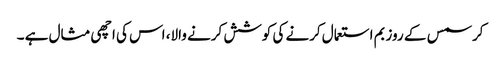
کرسمس کے روز بم استعمال کرنے کی کوشش کرنے والا، اس کی اچھی مثال ہے ۔